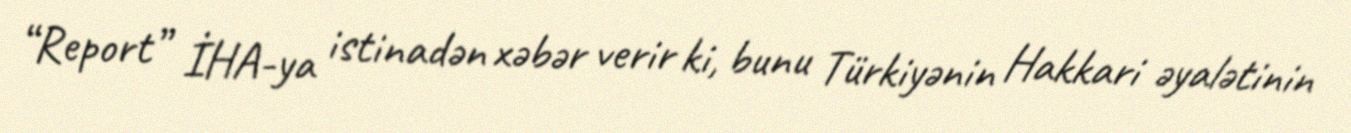
“Report” İHA-ya istinadən xəbər verir ki, bunu Türkiyənin Hakkari əyalətinin